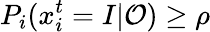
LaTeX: P_{i}(x_{i}^{t}=I|\mathcal{O})\geq\rho